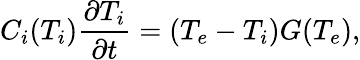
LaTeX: C_{i}(T_{i})\frac{\partial T_{i}}{\partial t}=(T_{e}-T_{i})G(T_{e}),